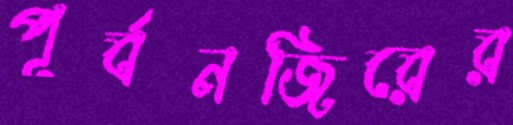
পূর্বনজিরের